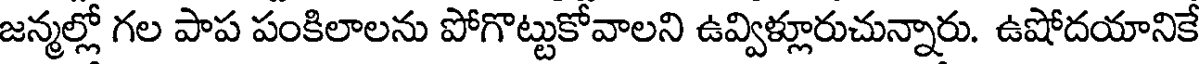
జన్మల్లో గల పాప పంకిలాలను పోగొట్టుకోవాలని ఉవ్విళ్లూరుచున్నారు. ఉషోదయానికే